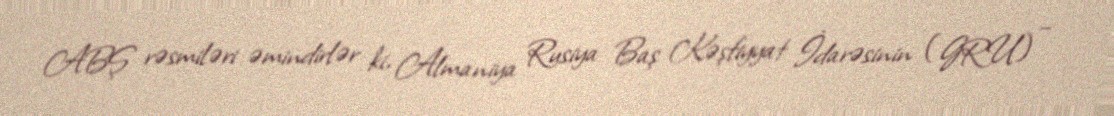
ABŞ rəsmiləri əmindirlər ki, Almaniya Rusiya Baş Kəşfiyyat İdarəsinin (GRU) –